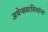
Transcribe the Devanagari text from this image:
अथेन्सवासियांना